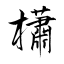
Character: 櫹